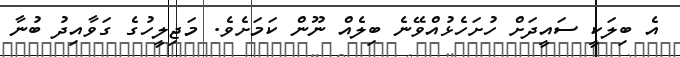
އެ ބިލަކީ ސައީދަށް ހުށަހެޅުއްވޭނެ ބިލެއް ނޫން ކަމަށެވެ. މަޖިލީހުގެ ގަވާއިދު ބުނާ